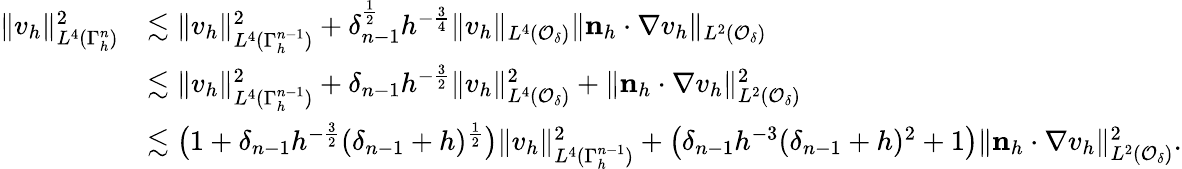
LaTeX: \begin{array}{rl}{\| v_{h}\| _{L^{4}(\Gamma_{h}^{n})}^{2}}&{\lesssim\| v_{h}\| _{L^{4}(\Gamma_{h}^{n-1})}^{2}+\delta_{n-1}^{\frac 12}h^{-\frac 34}\| v_{h}\| _{L^{4}(\mathcal{O}_{\delta})}\| \mathbf n_{h}\cdot\nabla v_{h}\| _{L^{2}(\mathcal{O}_{\delta})}}\\ &{\lesssim\| v_{h}\| _{L^{4}(\Gamma_{h}^{n-1})}^{2}+\delta_{n-1}h^{-\frac 32}\| v_{h}\| _{L^{4}(\mathcal{O}_{\delta})}^{2}+\| \mathbf n_{h}\cdot\nabla v_{h}\| _{L^{2}(\mathcal{O}_{\delta})}^{2}}\\ &{\lesssim\big(1+\delta_{n-1}h^{-\frac 32}(\delta_{n-1}+h)^{\frac 12}\big)\| v_{h}\| _{L^{4}(\Gamma_{h}^{n-1})}^{2}+\big(\delta_{n-1}h^{-3}(\delta_{n-1}+h)^{2}+1\big)\| \mathbf n_{h}\cdot\nabla v_{h}\| _{L^{2}(\mathcal{O}_{\delta})}^{2}.}\end{array}